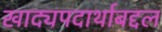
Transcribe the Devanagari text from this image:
खाद्यपदार्थाबद्दल